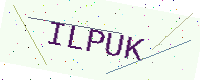
Text: ILPUK